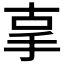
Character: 𢪿